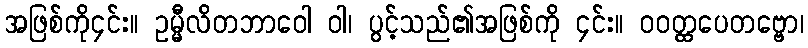
အဖြစ်ကို၄င်း။ ဥမ္မီလိတဘာဝေါ ဝါ၊ ပွင့်သည်၏အဖြစ်ကို ၄င်း။ ဝဝတ္ထပေတဗ္ဗော၊